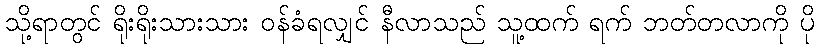
သို့ရာတွင် ရိုးရိုးသားသား ဝန်ခံရလျှင် နီလာသည် သူ့ထက် ရက် ဘတ်တလာကို ပို